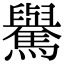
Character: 𩦡